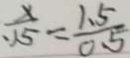
\frac { x } { 1 5 } = \frac { 1 . 5 } { 0 . 5 }